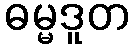
ဓမ္မဒူတ